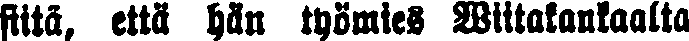
siitä, että hän työmies Wiitakankaalta